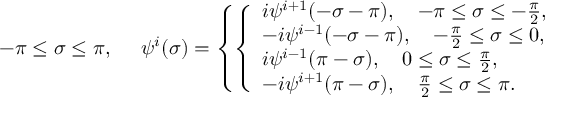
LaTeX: - \pi \leq \sigma \leq \pi , ~ ~ ~ ~ \psi ^ { i } ( \sigma ) = \left\{ \left\{ \begin{array} { l l } { { i \psi ^ { i + 1 } ( - \sigma - \pi ) , \quad - \pi \leq \sigma \leq - \frac { \pi } { 2 } , } } \\ { { - i \psi ^ { i - 1 } ( - \sigma - \pi ) , \quad - \frac { \pi } { 2 } \leq \sigma \leq 0 , } } \\ { { i \psi ^ { i - 1 } ( \pi - \sigma ) , \quad 0 \leq \sigma \leq \frac { \pi } { 2 } , } } \\ { { - i \psi ^ { i + 1 } ( \pi - \sigma ) , \quad \frac { \pi } { 2 } \leq \sigma \leq \pi . } } \end{array} \right. \right.